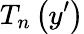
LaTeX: T_{n}\left(y^{\prime}\right)